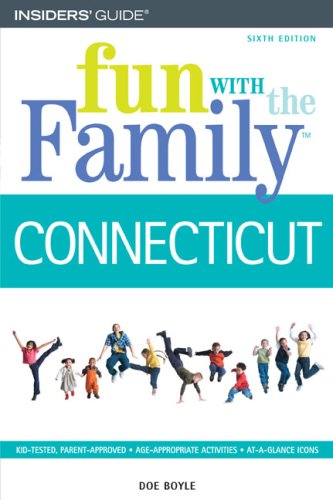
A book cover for Fun with the Family Connecticut, 6th (Fun with the Family Series); Doe Boyle; Travel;